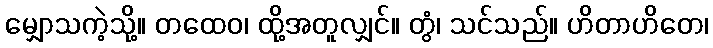
မျှောသကဲ့သို့။ တထေဝ၊ ထို့အတူလျှင်။ တွံ၊ သင်သည်။ ဟိတာဟိတေ၊